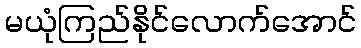
မယုံကြည်နိုင်လောက်အောင်